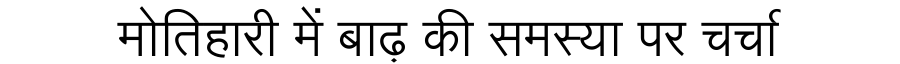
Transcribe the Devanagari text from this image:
मोतिहारी में बाढ़ की समस्या पर चर्चा